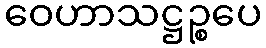
ဝေဟာသဋ္ဌဉ္စပေ